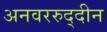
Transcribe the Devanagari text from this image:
अनवररुद्दीन